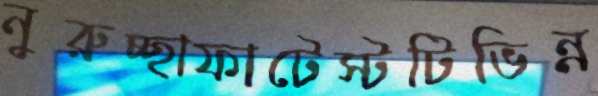
নুরুচ্ছাফাটেস্টটিভিন্ন